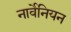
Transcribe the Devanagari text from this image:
नार्वेनियन